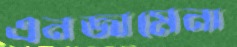
এনজামেনা